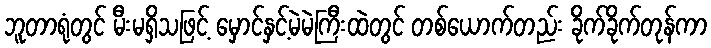
ဘူတာရုံတွင် မီးမရှိသဖြင့် မှောင်နှင့်မဲမဲကြီးထဲတွင် တစ်ယောက်တည်း ခိုက်ခိုက်တုန်ကာ